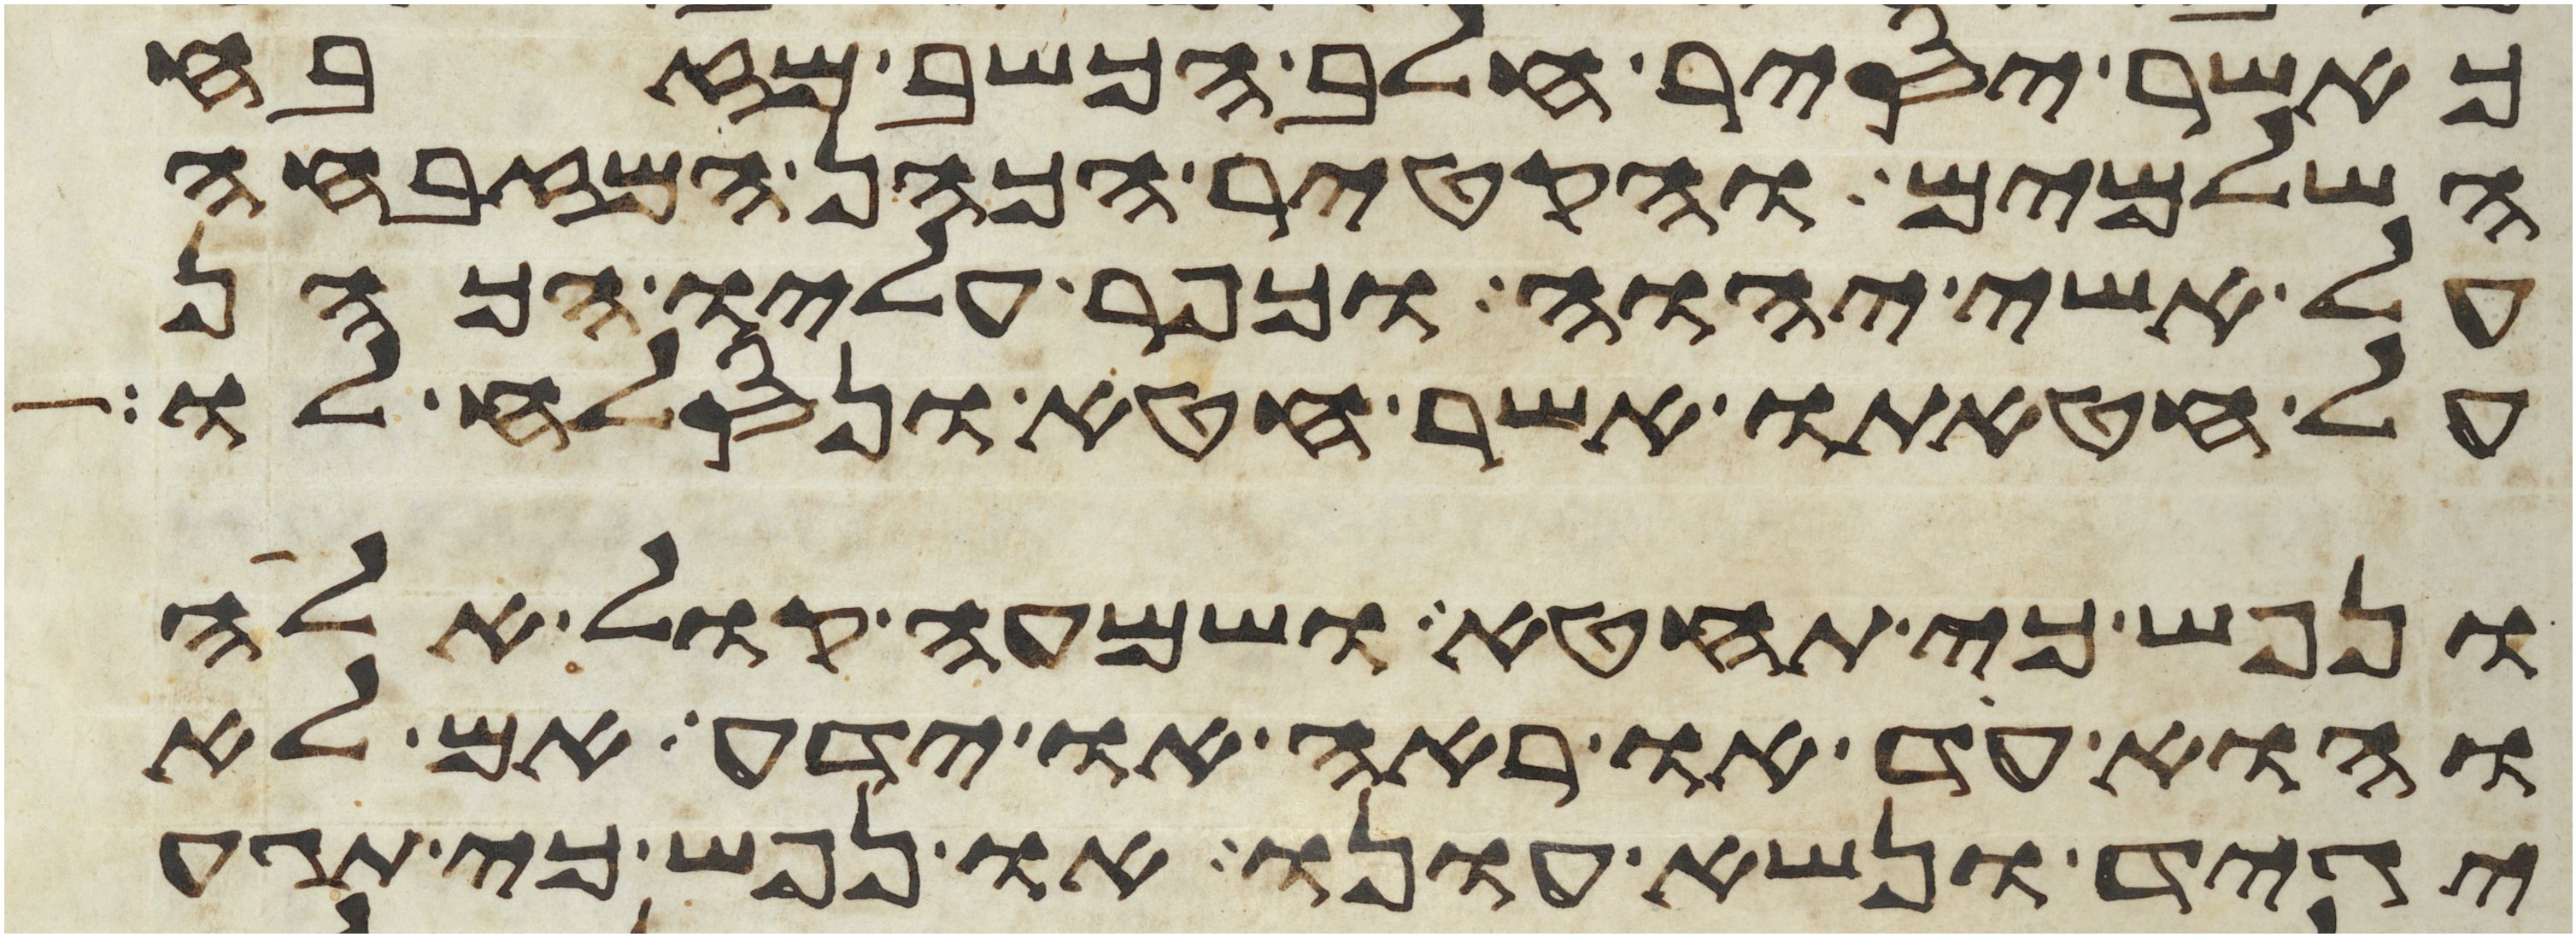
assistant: כאשר יסיר חלב הכשב מזבח
השלמים והקטיר הכהן המזבחה
על אשי יהוה וכפר עליו הכהן
על חטאתו אשר חטא ונסלח לו
ונפש כי תחטא ושמעה קול אלה
והוא עד או ראה או ידע אם לא
יגיד ונשא עונו או נפש כי תגע